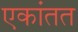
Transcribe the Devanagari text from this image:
एकांतत